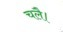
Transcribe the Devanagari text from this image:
चलै।